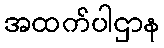
အထက်ပါဌာန